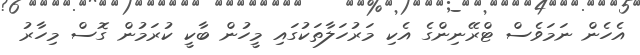
އެހެން ނަމަވެސް ޓްރޭނިންގެ އެކި މަރުހަލާތަކުގައި މީހުން ބާކީ ކުރަމުން ގޮސް މިހާރު